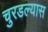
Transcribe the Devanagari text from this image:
चुरडल्यास